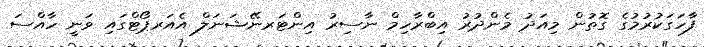
ފާހަގަކުރުމުގެ ގޮތުން މިއަދު މެންދުރު އިބްރާހިމް ނާސިރު އިންޓަރނޭޝަނަލް އެއަރޕޯޓްގައި ވަނީ ހާއްސަ